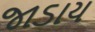
જાડાય